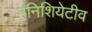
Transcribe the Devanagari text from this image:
इनिशियेटीव